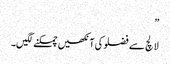
”
لالچ سے فضلو کی آنکھیں چمکنے لگیں۔